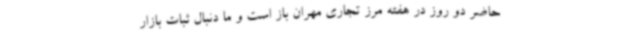
حاضر دو روز در هفته مرز تجاری مهران باز است و ما دنبال ثبات بازار